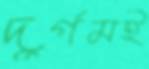
দুর্গমই